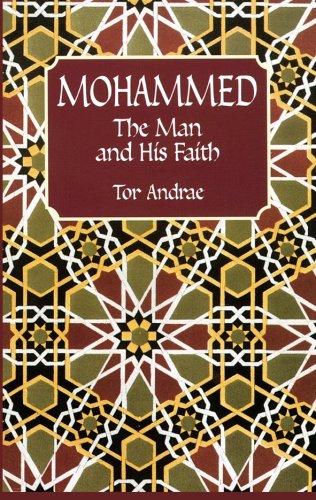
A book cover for Mohammed: The Man and His Faith; Tor Andrae; Religion & Spirituality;